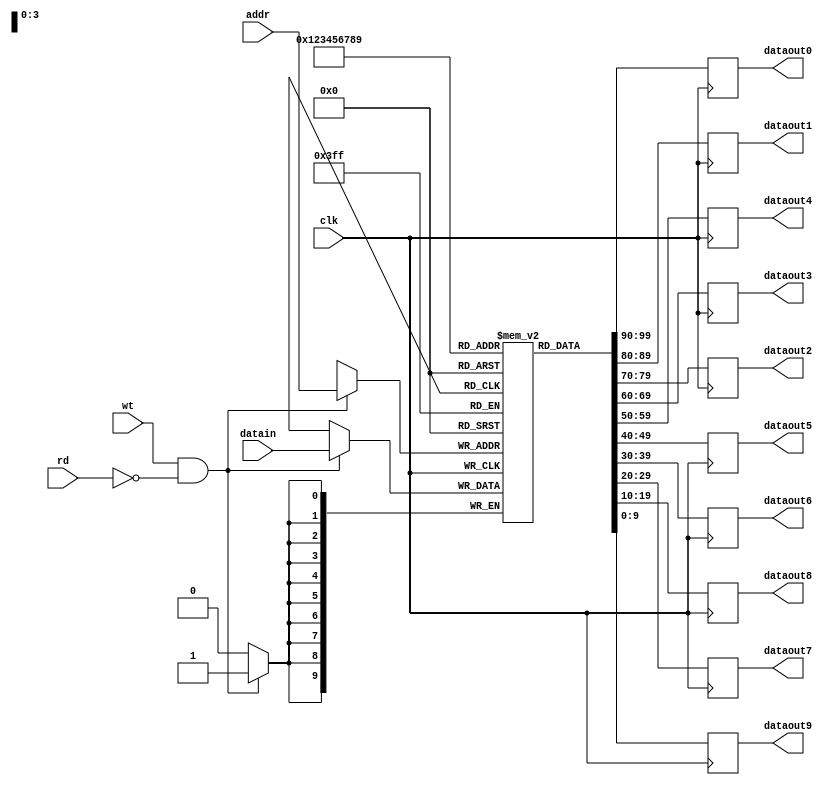
module bias2_memory(datain,dataout0,dataout1,dataout2,dataout3,dataout4,dataout5,dataout6,dataout7,dataout8,dataout9,addr,rd,wt,clk);
input [9:0]datain;
input [3:0]addr;
input rd,wt,clk;
output reg [9:0]dataout0;
output reg [9:0]dataout1;
output reg [9:0]dataout2;
output reg [9:0]dataout3;
output reg [9:0]dataout4;
output reg [9:0]dataout5;
output reg [9:0]dataout6;
output reg [9:0]dataout7;
output reg [9:0]dataout8;
output reg [9:0]dataout9;
reg[9:0]data[9:0];
always@(posedge clk)
begin
if(wt==1&&rd==0)
begin
data[addr]<=datain;
end
else if(wt==0&&rd==1);
begin
dataout0<=data[0];
dataout1<=data[1];
dataout2<=data[2];
dataout3<=data[3];
dataout4<=data[4];
dataout5<=data[5];
dataout6<=data[6];
dataout7<=data[7];
dataout8<=data[8];
dataout9<=data[9];
end
end
endmodule